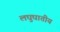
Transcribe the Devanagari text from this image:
लघुघातीय